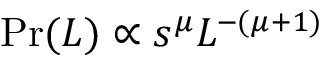
\operatorname* { P r } ( L ) \propto s ^ { \mu } L ^ { - ( \mu + 1 ) }